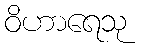
ဝိဟာရေသု